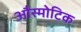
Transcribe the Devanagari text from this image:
औस्मोटिक